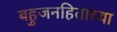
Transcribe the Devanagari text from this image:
बहुजनहिताच्या